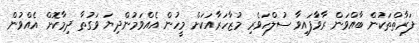
ފަރާތްތަކުން ބާއްވަން ރާވާފައިވާ ސުލްހަވެރި މުޒާހަރާއަކަށް މީހުން އެއްވަމުންދިޔަ ވަގުތާ ދިމާކޮށް އެއްވުން